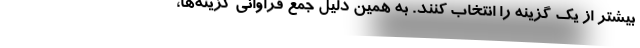
بیشتر از یک گزینه را انتخاب کنند. به همین دلیل جمع فراوانی گزینه‌ها،